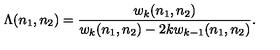
\Lambda ( n _ { 1 } , n _ { 2 } ) = \frac { w _ { k } ( n _ { 1 } , n _ { 2 } ) } { w _ { k } ( n _ { 1 } , n _ { 2 } ) - 2 k w _ { k - 1 } ( n _ { 1 } , n _ { 2 } ) } .